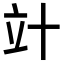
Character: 竍